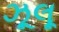
ઝૂલૂ